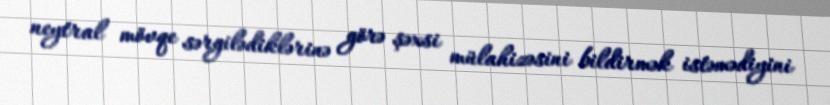
neytral mövqe sərgilədiklərinə görə şəxsi mülahizəsini bildirmək istəmədiyini